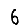
Digit: 6